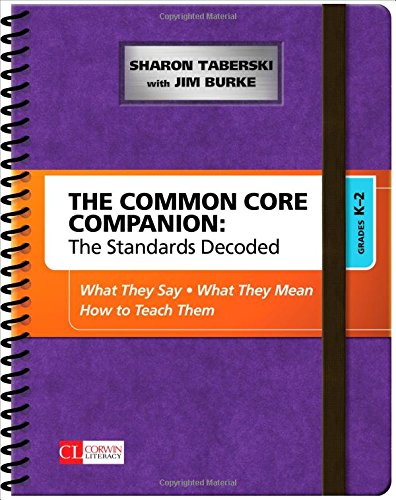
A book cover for The Common Core Companion: The Standards Decoded, Grades K-2: What They Say, What They Mean, How to Teach Them (Corwin Literacy); Sharon Taberski; Education & Teaching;